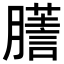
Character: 𦢃